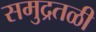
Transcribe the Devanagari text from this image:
समुद्रतळी